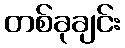
တစ်ခုချင်း